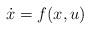
LaTeX: \begin{align*}\begin{aligned}\dot{x}&=f(x,u)\end{aligned}\end{align*}